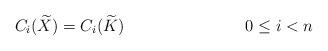
LaTeX: \begin{align*} C_{i}(\widetilde{X}) = C_{i}(\widetilde{K}) && 0 \le i < n \end{align*}